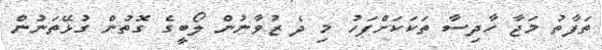
ތަފާތު މަޖާ ހާދިސާ ތަކަކަށްފަހު މި ދެ ޒުވާނުން ލޯބީގެ ގޮތުން ގުޅޭތަނުން